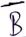
Text: B